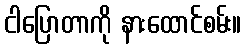
ငါပြောတာကို နားထောင်စမ်း။